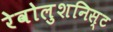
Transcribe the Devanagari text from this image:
रेवोलुशनिस्ट